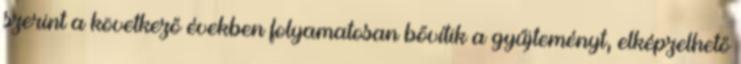
szerint a következő években folyamatosan bővítik a gyűjteményt, elképzelhető